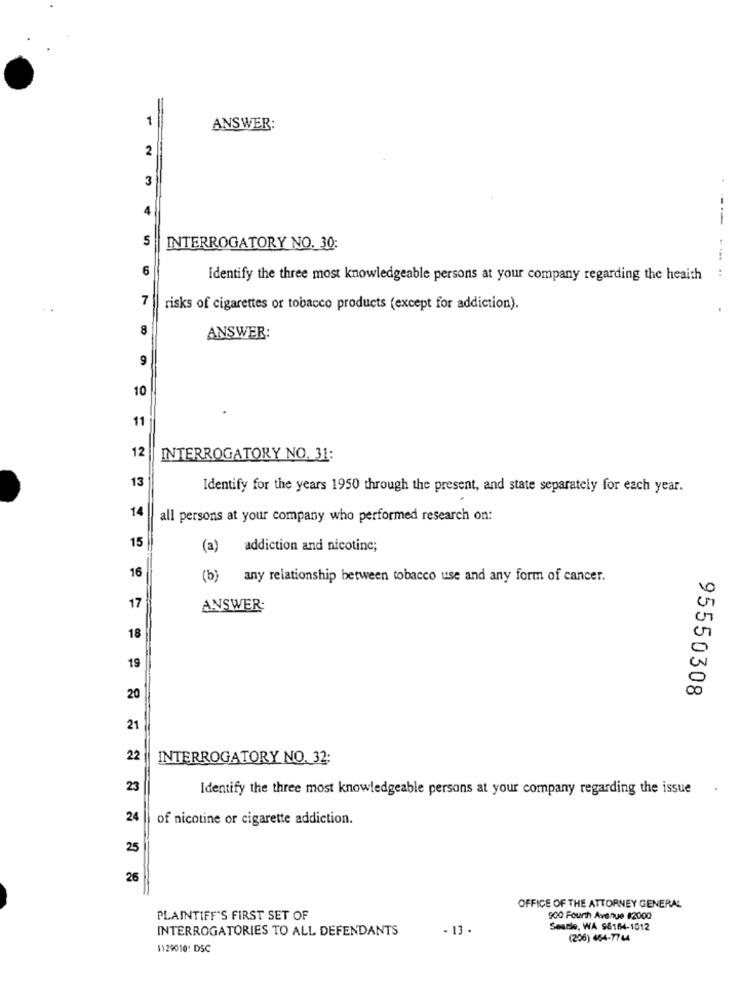
1
ANSWER:
2
3
4
5
12345
INTERROGATORY NO. 30:
6
..... ..
Identify the three most knowledgeable persons at your company regarding the heaith
7
..
risks of cigarettes or tobacco products (except for addiction).
8
ANSWER:
9
10
11
12
INTERROGATORY NO. 31:
13
Identify for the years 1950 through the present, and state separately for each year.
14
all persons at your company who performed research on:
15
(a) addiction and nicotine;
16
(b) any relationship between tobacco use and any form of cancer.
10
17
ANSWER:
18
19
0
95550308
20
21
22
INTERROGATORY NO. 32:
23
Identify the three most knowledgeable persons at your company regarding the issue
24
of nicotine or cigarette addiction.
25
26
OFFICE OF THE ATTORNEY GENERAL
PLAINTIFF'S FIRST SET OF
900 Fourth Avenue #2000
INTERROGATORIES TO ALL DEFENDANTS
- 13.
Searle, WA 96164-1012
(206) 464-7744
1129010: DSC